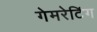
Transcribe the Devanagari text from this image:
गेमरेटिंग